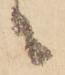
ニ